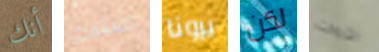
أنك تستمري يرونا لكن الثروات